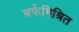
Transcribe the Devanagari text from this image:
बर्फमिश्रित